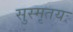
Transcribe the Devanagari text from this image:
सुस्मृतयः